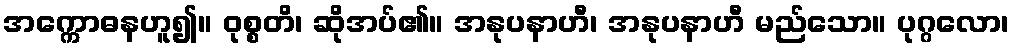
အက္ကောဓနဟူ၍။ ဝုစ္စတိ၊ ဆိုအပ်၏။ အနုပနာဟီ၊ အနုပနာဟီ မည်သော။ ပုဂ္ဂလော၊